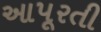
આપૂરતી